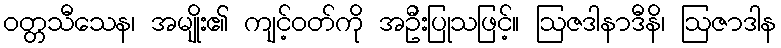
ဝတ္တသီသေန၊ အမျိုး၏ ကျင့်ဝတ်ကို အဦးပြုသဖြင့်။ ဩဇဒါနာဒီနိ၊ ဩဇာဒါန